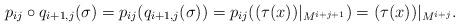
LaTeX: \begin{align*} p_{i j} \circ q_{i+1,j} (\sigma) = p_{i j} ( q_{i+1,j} (\sigma)) = p_{i j} ((\tau(x))\vert_{M^{i + j + 1}}) = (\tau(x))\vert_{M^{i + j }}. \end{align*}